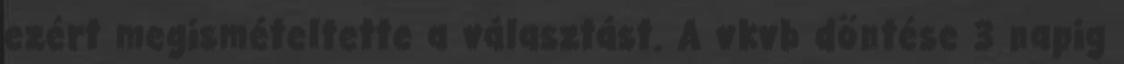
ezért megismételtette a választást. A vkvb döntése 3 napig